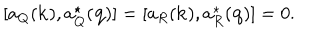
[ a _ { Q } ( { \bf k } ) , a _ { Q } ^ { \star } ( { \bf q } ) ] = [ a _ { R } ( { \bf k } ) , a _ { R } ^ { \star } ( { \bf q } ) ] = 0 .